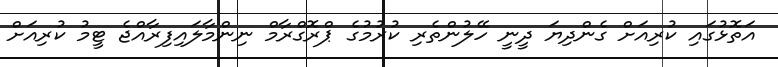
އަތޮޅުގަައި ކުރިއަށް ގެންދިޔަ ދީނީ ހޭލުންތެރި ކުރުމުގެ ޕްރޮގްރާމް ނިންމާލައިފިރާއްޖެ ޓީމު ކުރިއަށް